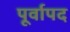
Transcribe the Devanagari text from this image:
पूर्वापद